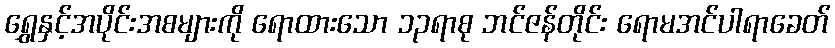
ရွှေနှင့်အပိုင်းအစများကို ရောထားသော ၁၃ရာစု ဘင်ဇန်တိုင်း ရောမအင်ပါရာခေတ်